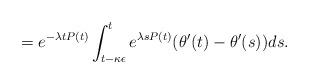
LaTeX: \begin{align*} = e^{-\lambda t P(t)} \int_{t - \kappa \epsilon}^{t} e^{\lambda s P(t)} (\theta'(t) - \theta'(s)) ds. \end{align*}